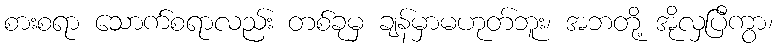
စားစရာ သောက်စရာလည်း တစ်ခုမှ ချန်မှာမဟုတ်ဘူး၊ အဘတို့ အိုလှပြီကွာ၊